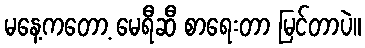
မနေ့ကတော့ မေရီဆီ စာရေးတာ မြင်တာပဲ။